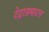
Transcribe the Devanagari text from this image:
टेट्राग्रमाटन